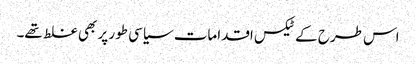
اس طرح کے ٹیکس اقدامات سیاسی طور پر بھی غلط تھے۔